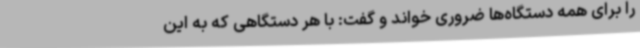
را برای همه دستگاه‌ها ضروری خواند و گفت: با هر دستگاهی که به این